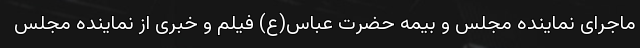
ماجرای نماینده مجلس و بیمه حضرت عباس(ع) فیلم و خبری از نماینده مجلس